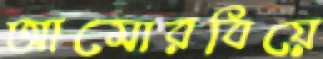
আমোরবিয়ে